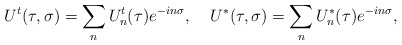
\begin{align*}U^t(\tau,\sigma)=\sum_n U^t_n(\tau)e^{-in\sigma},\;\;\;\; U^*(\tau,\sigma)=\sum_n U^*_n(\tau)e^{-in\sigma},\end{align*}